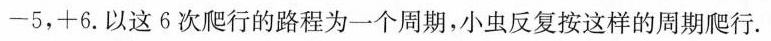
-5，+6.以这6次爬行的路程为一个周期，小虫反复按这样的周期爬行。